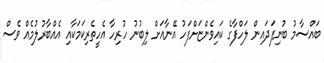
ބައްސާމު ބުނިފަދައިން ލަހްފާގެ ކައިވެންޏަށްފަހު އޭނާއަށް ލިބުނު ހުރިހާ އެހީތެރިކަމަކާއި އެއްބާރުލުމެއް ވެސް